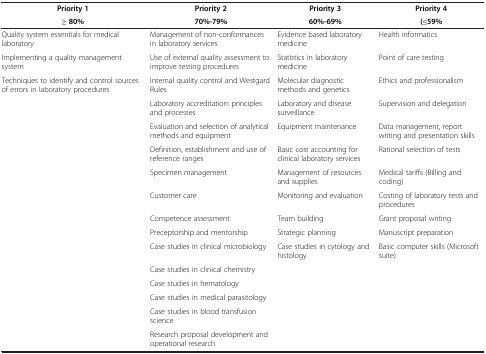
<table><thead><tr><td><b>Priority 1</b></td><td><b>Priority 2</b></td><td><b>Priority 3</b></td><td><b>Priority 4</b></td></tr><tr><td><b>≥ 80%</b></td><td><b>70%-79%</b></td><td><b>60%-69%</b></td><td><b>(≤59%</b></td></tr></thead><tbody><tr><td>Quality system essentials for medical laboratory</td><td>Management of non-conformances in laboratory services</td><td>Evidence based laboratory medicine</td><td>Health informatics</td></tr><tr><td>Implementing a quality management system</td><td>Use of external quality assessment to improve testing procedures</td><td>Statistics in laboratory medicine</td><td>Point of care testing</td></tr><tr><td>Techniques to identify and control sources of errors in laboratory procedures</td><td>Internal quality control and Westgard Rules</td><td>Molecular diagnostic methods and genetics</td><td>Ethics and professionalism</td></tr><tr><td> </td><td>Laboratory accreditation: principles and processes</td><td>Laboratory and disease surveillance</td><td>Supervision and delegation</td></tr><tr><td> </td><td>Evaluation and selection of analytical methods and equipment</td><td>Equipment maintenance</td><td>Data management, report writing and presentation skills</td></tr><tr><td> </td><td>Definition, establishment and use of reference ranges</td><td>Basic cost accounting for clinical laboratory services</td><td>Rational selection of tests</td></tr><tr><td> </td><td>Specimen management</td><td>Management of resources and supplies</td><td>Medical tariffs (Billing and coding)</td></tr><tr><td> </td><td>Customer care</td><td>Monitoring and evaluation</td><td>Costing of laboratory tests and procedures</td></tr><tr><td> </td><td>Competence assessment</td><td>Team building</td><td>Grant proposal writing</td></tr><tr><td> </td><td>Preceptorship and mentorship</td><td>Strategic planning</td><td>Manuscript preparation</td></tr><tr><td> </td><td>Case studies in clinical microbiology</td><td>Case studies in cytology and histology</td><td>Basic computer skills (Microsoft suite)</td></tr><tr><td> </td><td>Case studies in clinical chemistry</td><td> </td><td> </td></tr><tr><td> </td><td>Case studies in hematology</td><td> </td><td> </td></tr><tr><td> </td><td>Case studies in medical parasitology</td><td> </td><td> </td></tr><tr><td> </td><td>Case studies in blood transfusion science</td><td> </td><td> </td></tr><tr><td> </td><td>Research proposal development and operational research</td><td> </td><td> </td></tr></tbody></table>